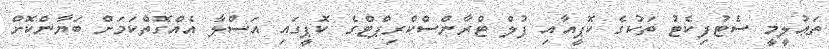
ތަޢުލީމީ ސެޓުފިކެޓު ތަކުގެ ކޮޕީއާއި ފުލް ޓްރާންސްކްރިޕްޓްގެ ކޮޕީގައި އަސްލާ އެއްގޮތްކަމަށް ބަޔާންކޮށް